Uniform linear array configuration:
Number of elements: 32
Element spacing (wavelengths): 0.75
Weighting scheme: kaiser
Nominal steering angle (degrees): -15
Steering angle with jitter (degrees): -14.635
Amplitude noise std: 0.05
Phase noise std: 0.05

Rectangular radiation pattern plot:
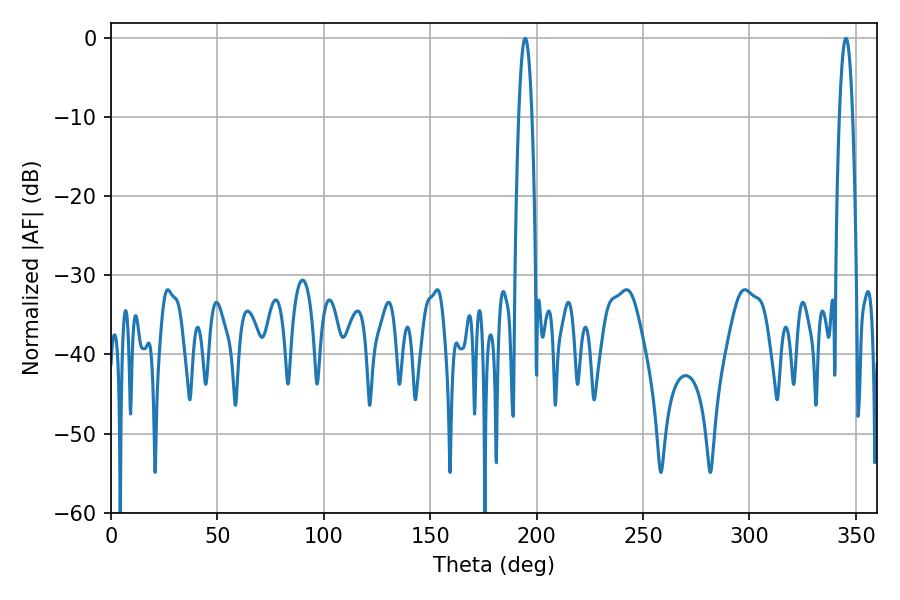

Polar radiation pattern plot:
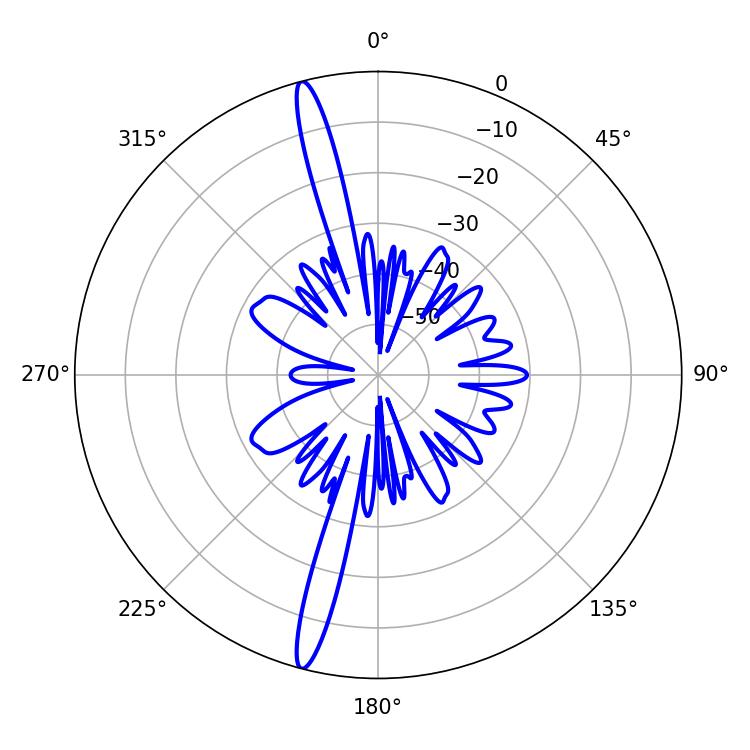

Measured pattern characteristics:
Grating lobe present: TRUE
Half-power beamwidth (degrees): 3.42
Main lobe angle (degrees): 194.58